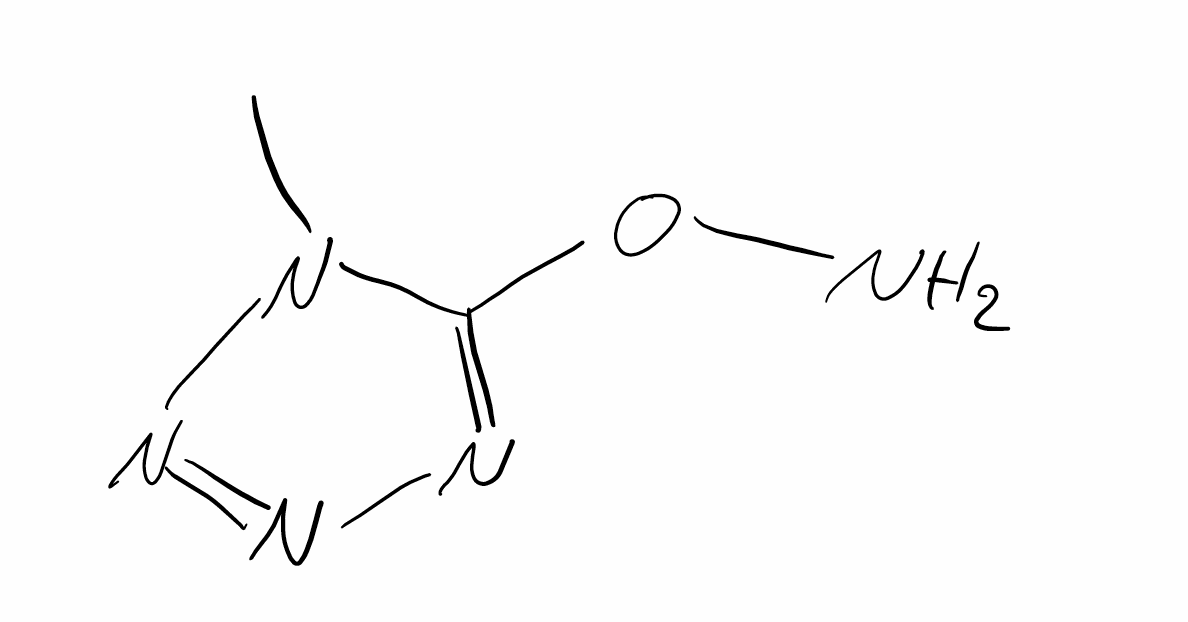
Simplified molecular-input line-entry system (SMILES) notation of the given molecule:
CN1C(=NN=N1)ON